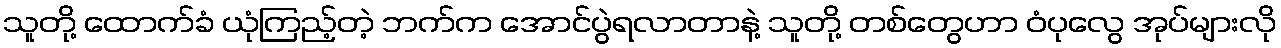
သူတို့ ထောက်ခံ ယုံကြည့်တဲ့ ဘက်က အောင်ပွဲရလာတာနဲ့ သူတို့ တစ်တွေဟာ ဝံပုလွေ အုပ်များလို